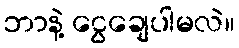
ဘာနဲ့ ငွေချေပါမလဲ။